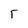
Character: F